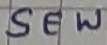
Text: SEW